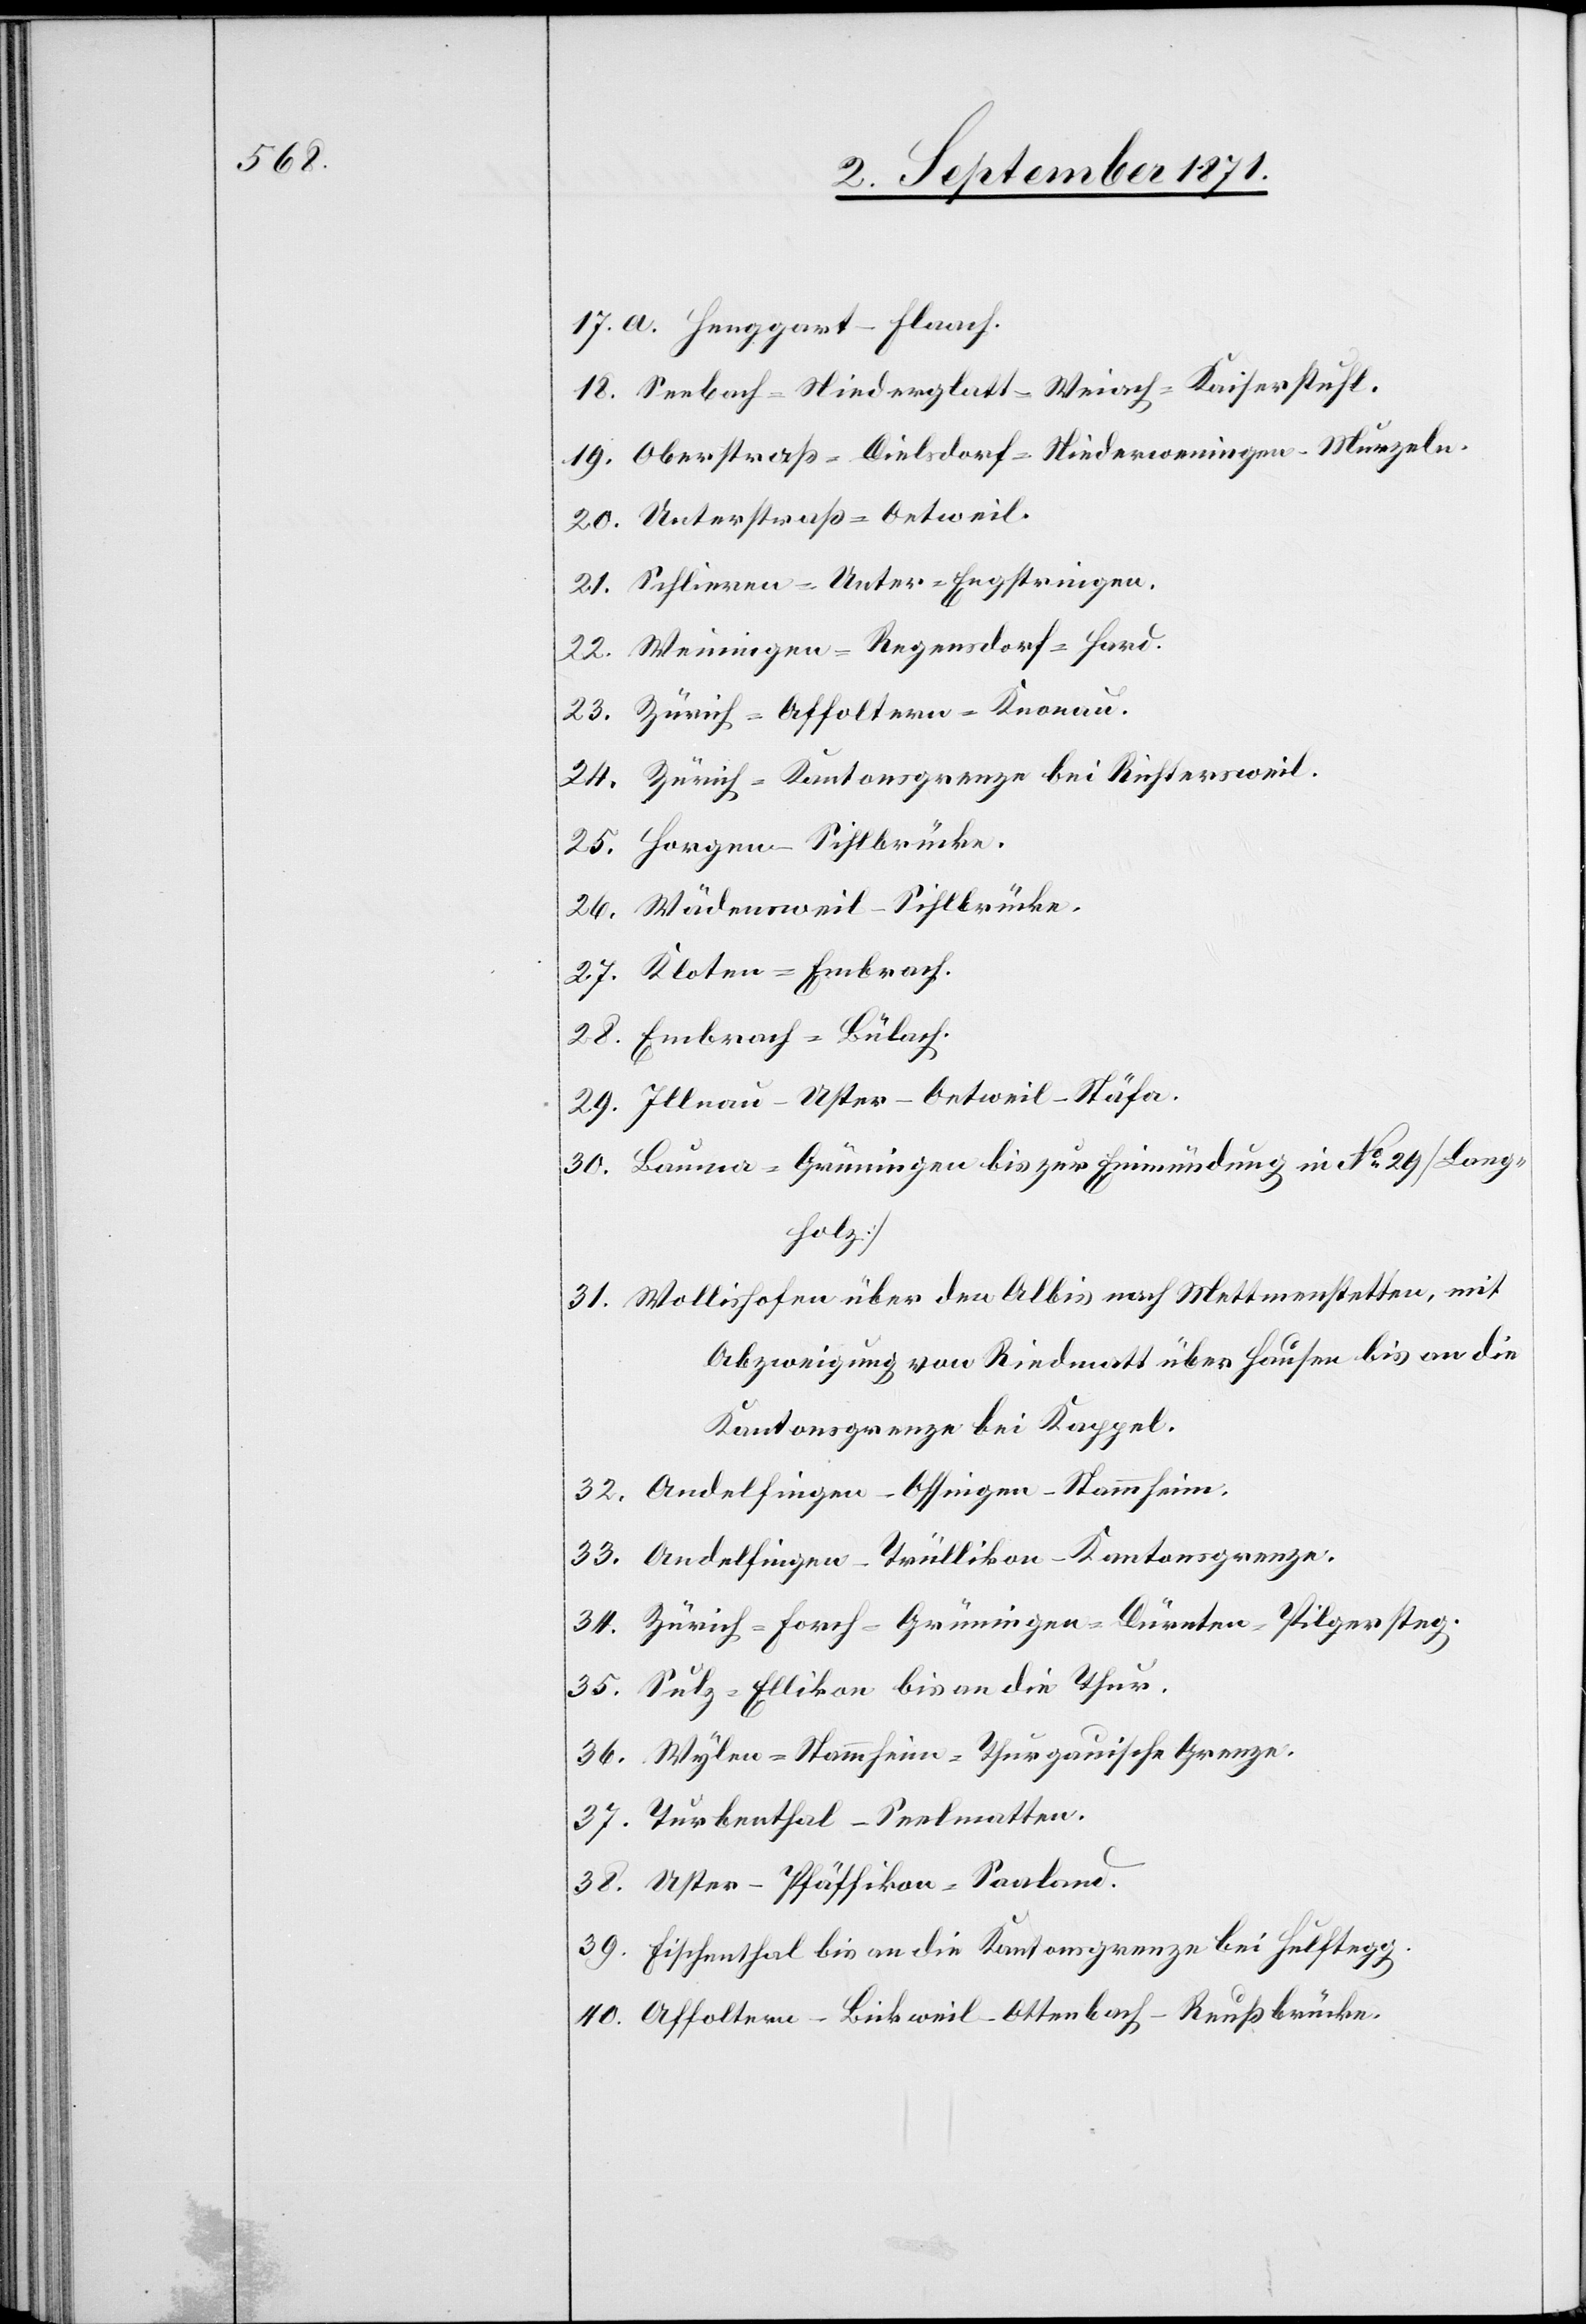
39.

Seebach–Niederglatt–Weiach–Kaiserstuhl.
Oberstraß–Dielsdorf–Niederweningen–Murzeln.
Unterstraß–Oetweil.
Weiningen–Regensdorf–Hard.
Zürich–Affoltern–Knonau.
Zürich–Kantonsgrenze bei Richtersweil.
Horgen–Sihlbrücke.
Wädensweil–Sihlbrücke.
Embrach–Bülach.
Illnau–Uster–Oetweil–Stäfa.
Bauma–Grüningen bis zur Einmündung in No 29 [Lang¬
holz].
Wollishofen über den Albis nach Mettmenstetten, mit
Abzweigung von Riedmatt über Hausen bis an die
Kantonsgrenze bei Kappel.
Andelfingen–Ossingen–Stammheim.
Andelfingen–Trüllikon–Kantonsgrenze.
Zürich–Forch–Grüningen–Dürnten–Pilgersteg.
Sulz–Ellikon bis an die Thur.
Wylen–Stammheim–Thurgauische Grenze.
Turbenthal–Seelmatten.
Fischenthal bis an die Kantonsgrenze bei Hulftegg.
Affoltern–Bickweil–Ottenbach–Reußbrücke.